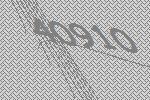
40910